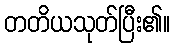
တတိယသုတ်ပြီး၏။